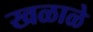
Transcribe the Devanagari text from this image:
खळाळे